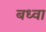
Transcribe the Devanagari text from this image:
बध्वा